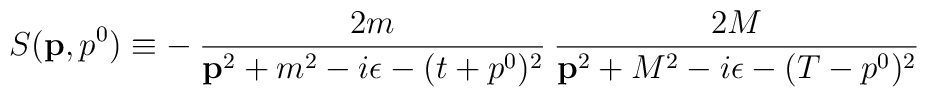
S({\bf p},p^0)\equiv -\:\frac {2m}{{\bf p}^2+m^2-i\epsilon -(t+p^0)^2}\:\frac {2M}{{\bf p}^2+M^2-i\epsilon -(T-p^0)^2}